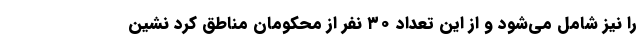
را نیز شامل می‌شود و از این تعداد ۳۰ نفر از محکومان مناطق کُرد نشین